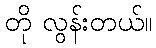
တို လွန်းတယ်။